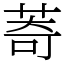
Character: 䓫